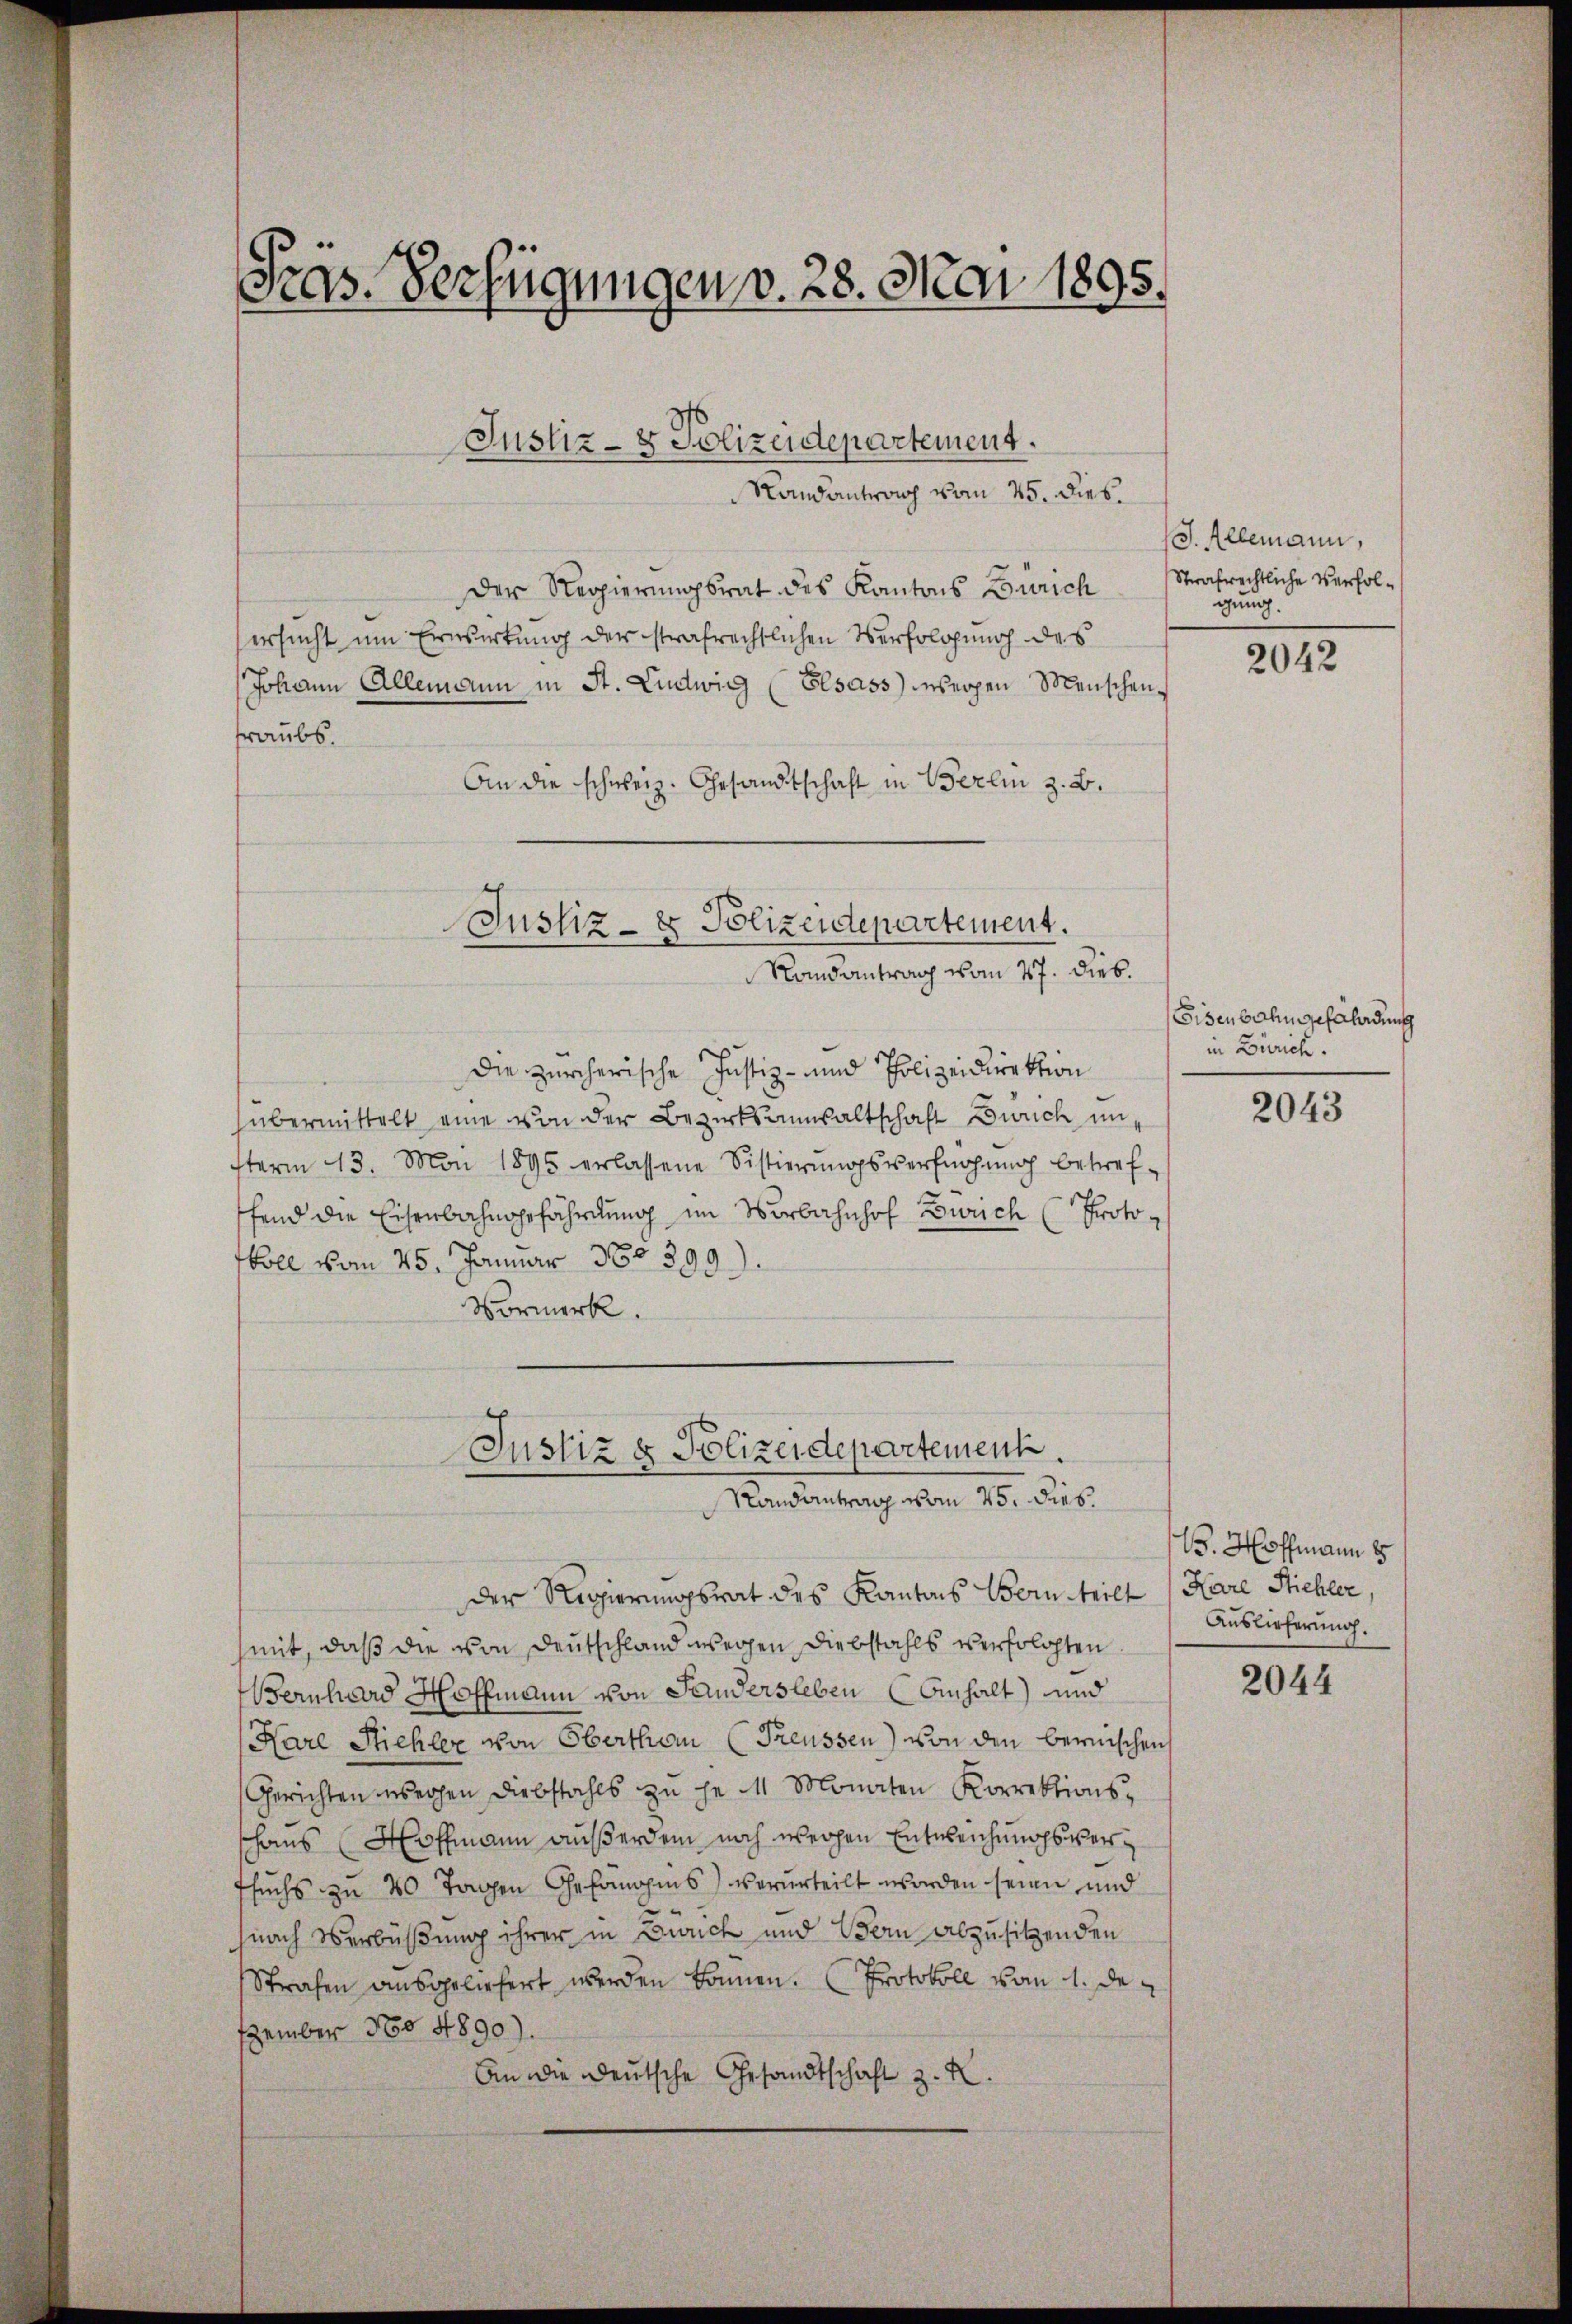
Pras. Verfügungen v. 28. Mai 1895.

Justiz- & Polizeidepartement.

Randantrag vom 25. Dieb.
Der Regierungsrat des Kantons Zürich
ersucht um Erwirkung der strafrechtlichen Verfolgung des
Johann Allemann in St. Ludwig (Elsass ergen Menschenraubs.
An die schweiz. Gesandtschaft in Berlin z. B.

Justiz- & Polizeidepartement.
Randantrag vom 27. Dieb.

die zürcherische Justiz- und Polizeidirektion
übermittelt eine von der Bezirksanwaltschaft Zürich unfterm 13. Mai 1895 erlassene Sistierŭngsverfnohŭng betref-
ffend die Eisenbahngefährdung im Verbahnhof Zweich (Protokoll vom 25. Januar 365399).
Vormerk.

Justiz & Polizeidepartement
Randantrag vom 25. dies

Der Regierungsrat des Kantons Bern teilt
mit, daß die von Deutschland wegen Diebstahls verfolgten
Bernhard Hoffmann von Sandersleben (Anhalt) und
Kare Stichler von Oberthan (Freussen) von den bernischen
Gerichten werden Diebstahls zu je 4 Monaten Korrektionsschans Hoffmann außerdem noch wegen Entweichungsverfsuchs zu 40 Tagen Gefanges verurteilt worden seien und
nach Verbüßung ihrer in Zürich und Bern abzusitzenden
Strafen ausgeliefert werden können. Protokoll vom 1. de
Ezember No 4890).
An die deutsche Gesandtschaft z. R.

S. Allemann,
Strafrechtliche Verfolgung.

2042

Eisenbahn gefährdung
in Zürich.

2043

1. Hoffmann
Karl Pichler,
Auslieferung.

2044